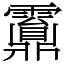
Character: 䨶